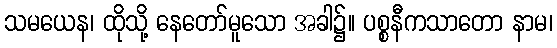
သမယေန၊ ထိုသို့ နေတော်မူသော အခါ၌။ ပစ္စနီကသာတော နာမ၊